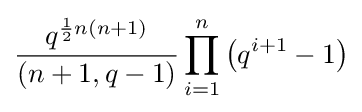
{\frac {q^{{\frac {1}{2}}n(n+1)}}{(n+1,q-1)}}\prod _{i=1}^{n}\left(q^{i+1}-1\right)